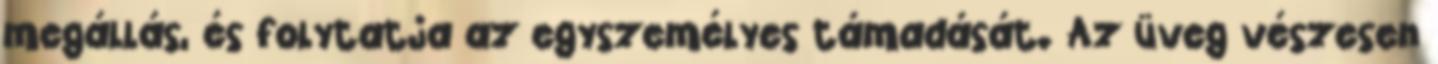
megállás, és folytatja az egyszemélyes támadását. Az üveg vészesen